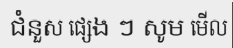
ជំនួស ផ្សេង ៗ សូម មើល